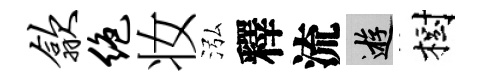
歙绝妆泓釋流游樹